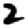
Digit: 2